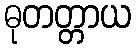
ဓုတတ္တာယ